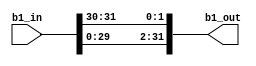
`timescale 1ns / 1ps
//////////////////////////////////////////////////////////////////////////////////
// Company: 
// Engineer: 
// 
// Design Name: 
// Module Name:    B_SHIFT1 
// Project Name: 
// Target Devices: 
// Tool versions: 
// Description: 
//
// Dependencies: 
//
// Revision: 
// Revision 0.01 - File Created
// Additional Comments: 
//
//////////////////////////////////////////////////////////////////////////////////
module ARS_B_SHIFT1 (b1_out,
                 b1_in
                 );

parameter BWIDTH=32;

output [0:BWIDTH-1] b1_out;
reg    [0:BWIDTH-1] b1_out;
input  [0:BWIDTH-1] b1_in;
         
always @ (b1_in)
   begin : shift
     b1_out[0]=b1_in[2];
     b1_out[1]=b1_in[3];
     b1_out[2]=b1_in[4];
     b1_out[3]=b1_in[5];
     b1_out[4]=b1_in[6];
     b1_out[5]=b1_in[7];
     b1_out[6]=b1_in[8];
     b1_out[7]=b1_in[9];
     b1_out[8]=b1_in[10];
     b1_out[9]=b1_in[11];
     b1_out[10]=b1_in[12];
     b1_out[11]=b1_in[13];
     b1_out[12]=b1_in[14];
     b1_out[13]=b1_in[15];
     b1_out[14]=b1_in[16];
     b1_out[15]=b1_in[17];
     b1_out[16]=b1_in[18];
     b1_out[17]=b1_in[19];
     b1_out[18]=b1_in[20];
     b1_out[19]=b1_in[21];
     b1_out[20]=b1_in[22];
     b1_out[21]=b1_in[23];
     b1_out[22]=b1_in[24];
     b1_out[23]=b1_in[25];
     b1_out[24]=b1_in[26];
     b1_out[25]=b1_in[27];
     b1_out[26]=b1_in[28];
     b1_out[27]=b1_in[29];
     b1_out[28]=b1_in[30];
     b1_out[29]=b1_in[31];
     b1_out[30]=b1_in[0];
     b1_out[31]=b1_in[1]; 
   end 
endmodule